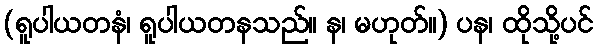
(ရူပါယတနံ၊ ရူပါယတနသည်။ န၊ မဟုတ်။) ပန၊ ထိုသို့ပင်